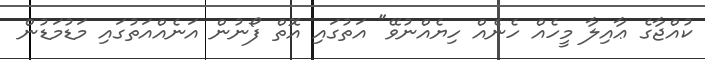
ކުއްޖާގެ ޢާއިލާ މީހެއް ހެނެއް ހިޔެއްނުވޭ" އަތުގައި އޮތް ފޯނުން އަނެއްއަތުގައި މަޑުމަޑުން